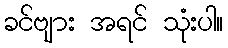
ခင်ဗျား အရင် သုံးပါ။